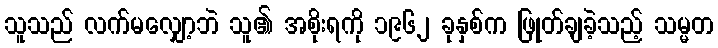
သူသည် လက်မလျှော့ဘဲ သူ၏ အစိုးရကို ၁၉၆၂ ခုနှစ်က ဖြုတ်ချခဲ့သည့် သမ္မတ